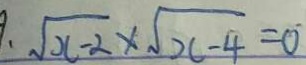
、 \sqrt { x - 2 } \times \sqrt { x - 4 } = 0